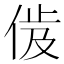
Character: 𬾜